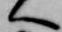
へ